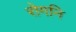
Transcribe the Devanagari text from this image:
रोगनि